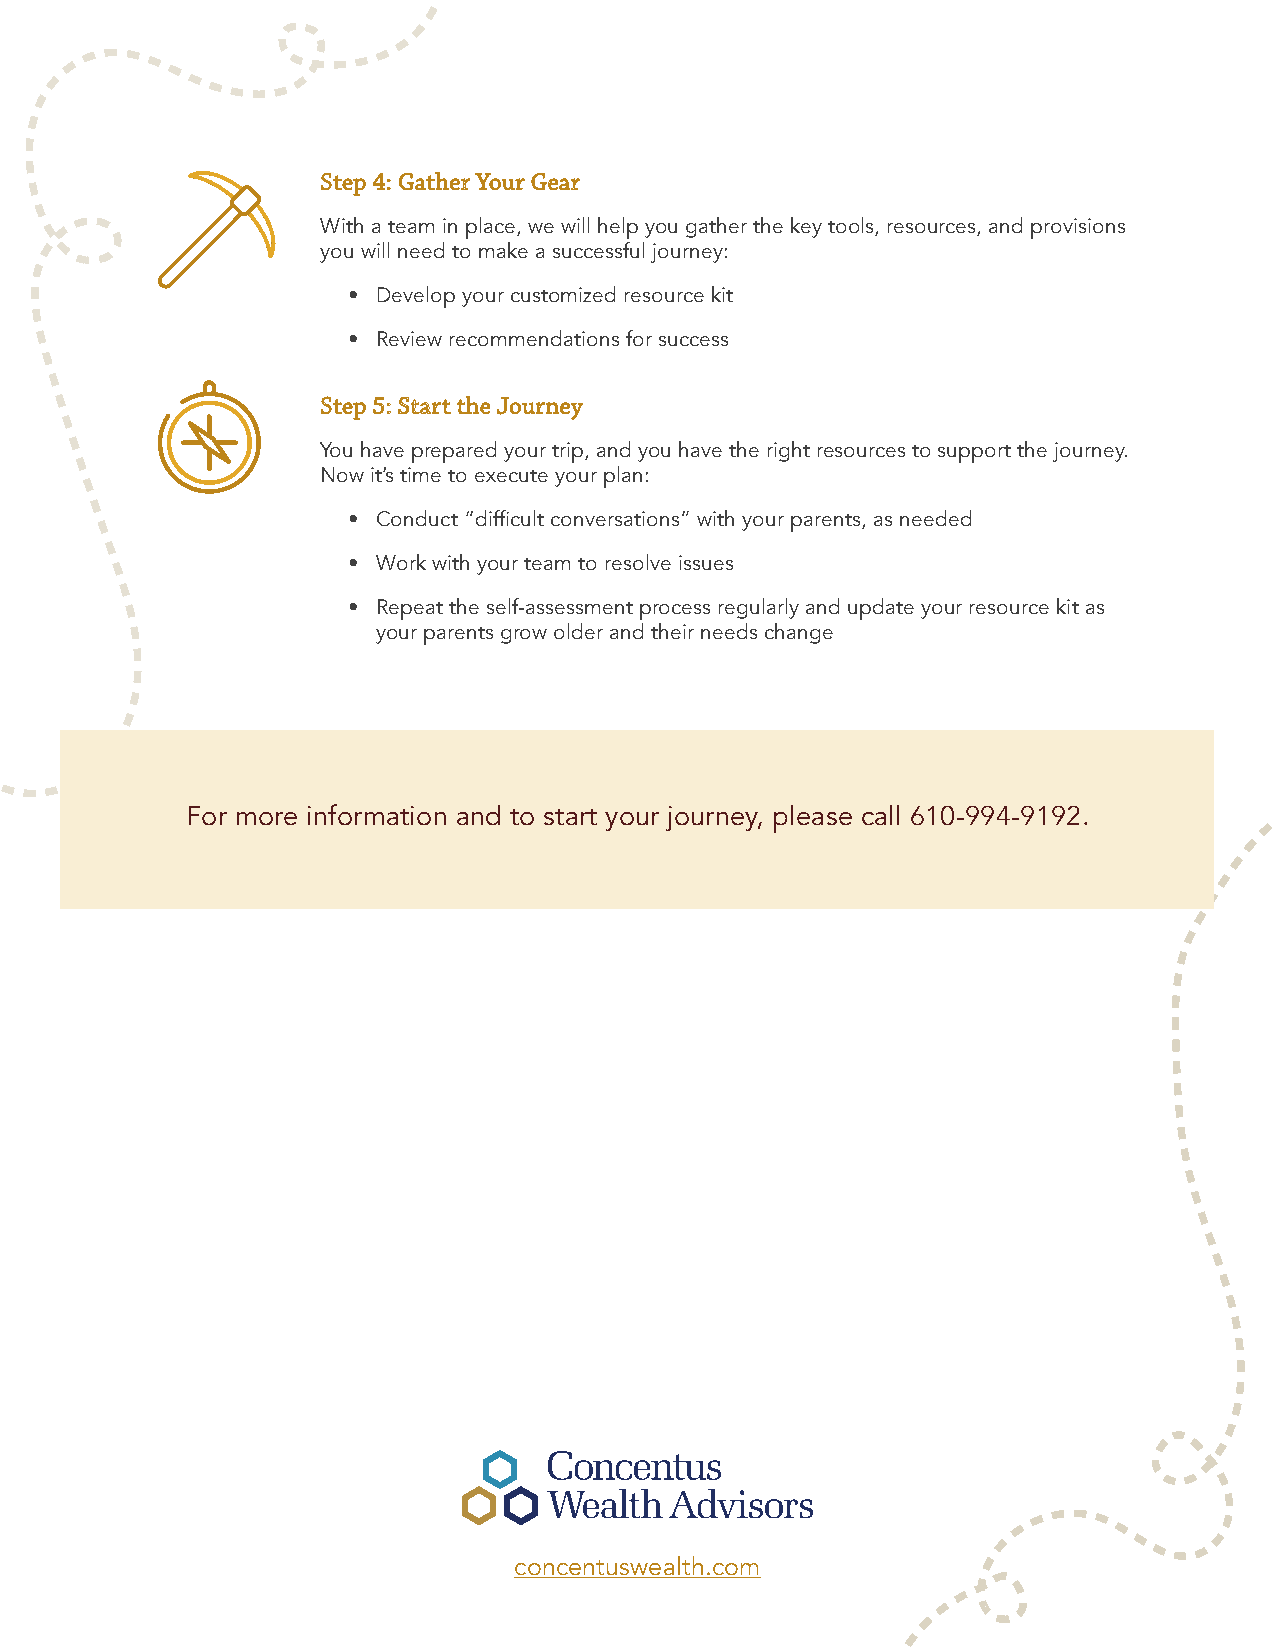
Step 4: Gather Your Gear
 With a team in place, we will help you gather the key tools, resources, and provisions
 you will need to make a successful journey:
 • Develop your customized resource kit
 • Review recommendations for success
 Step 5: Start the Journey
 You have prepared your trip, and you have the right resources to support the journey.
 Now it’s time to execute your plan:
 • Conduct “difficult conversations” with your parents, as needed
 • Work with your team to resolve issues
 • Repeat the self-assessment process regularly and update your resource kit as
 your parents grow older and their needs change
 For more information and to start your journey, please call 610-994-9192.
 concentuswealth.com